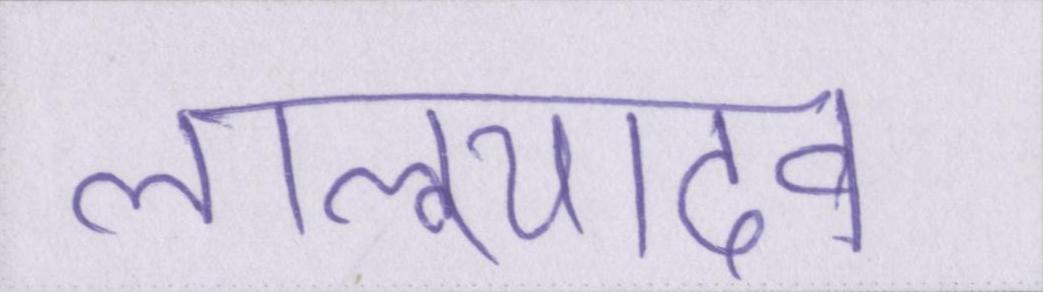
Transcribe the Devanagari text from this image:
लालूयादव